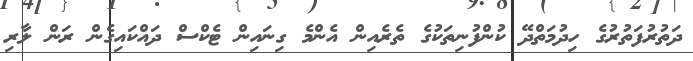
ދަތުރުފަތުރުގެ ހިދުމަތްދޭ ކުންފުނިތަކުގެ ތެރެއިން އެންމެ ގިނައިން ޓެކްސް ދައްކައިގެން ރަން ލާރި